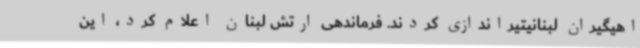
اهیگیران لبنانیتیراندازی کردند. فرماندهی ارتش لبنان اعلام کرد، این